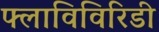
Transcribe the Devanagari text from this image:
फ्लाविविरिडी